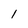
Character: l